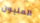
المليون